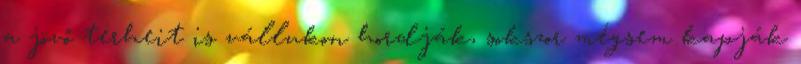
a jövő terheit is vállukon hordják, sokszor mégsem kapják